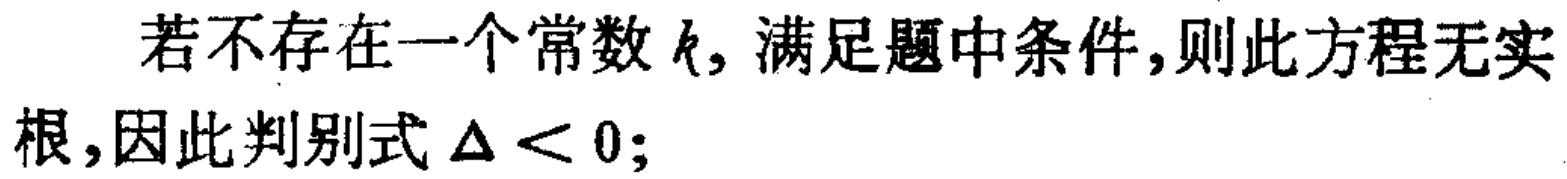
若不存在一个常数\(k\)，满足题中条件，则此方程无实根，因此判别式\(\Delta < 0\);